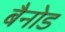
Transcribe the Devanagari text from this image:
बैनोड